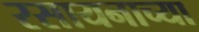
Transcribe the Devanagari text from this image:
रसायनाच्या